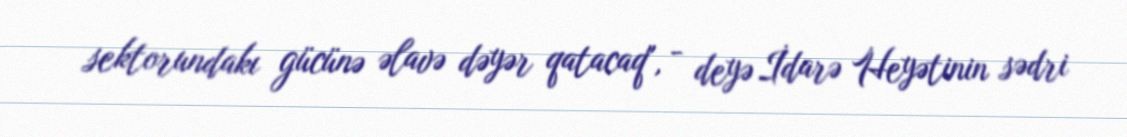
sektorundakı gücünə əlavə dəyər qatacaq", - deyə İdarə Heyətinin sədri